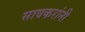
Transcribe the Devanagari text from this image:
सावकरांनी